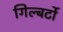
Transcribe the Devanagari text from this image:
गिल्बर्टो